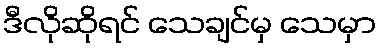
ဒီလိုဆိုရင် သေချင်မှ သေမှာ